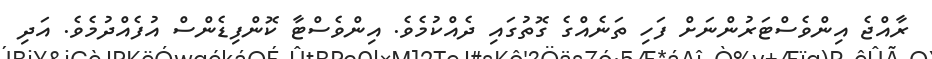
ރާއްޖެ އިންވެސްޓަރުންނަށް ފަހި ތަނެއްގެ ގޮތުގައި ދެއްކުމެވެ. އިންވެސްޓާ ކޮންފިޑެންސް އުފެއްދުމެވެ. އަދި